Piroplasma canis and its life cycle in the tick - Number 29
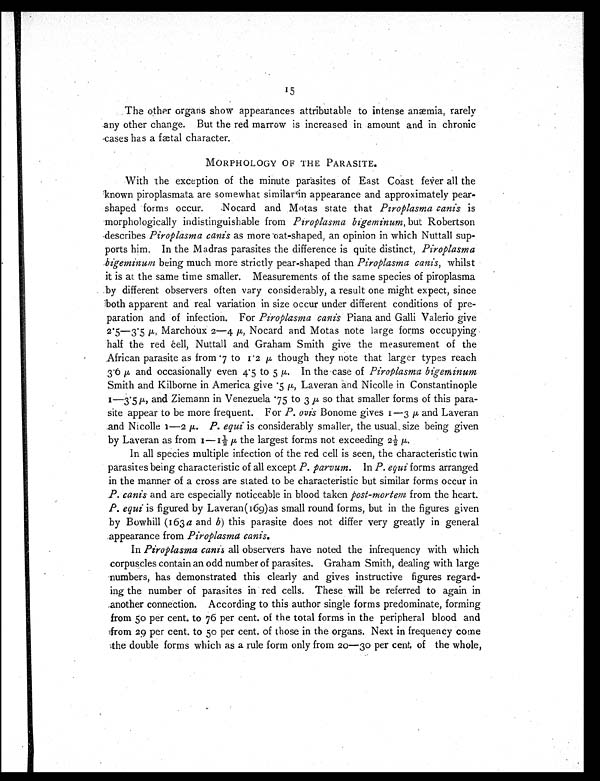
15
The other organs show appearances attributable to intense anæmia, rarely
any other change. But the red marrow is increased in amount and in chronic
cases has a fætal character.
MORPHOLOGY OF THE PARASITE.
With the exception of the minute parasites of East Coast fever all the
known piroplasmata are somewhat similar in appearance and approximately pear-
shaped forms occur. Nocard and Motas state that Piroplasma canis is
morphologically indistinguishable from Piroplasma bigeminum, but Robertson
describes Piroplasma canis as more oat-shaped, an opinion in which Nuttall sup-
ports him. In the Madras parasites the difference is quite distinct, Piroplasma
bigeminum being much more strictly pear-shaped than Piroplasma canis, whilst
it is at the same time smaller. Measurements of the same species of piroplasma
by different observers often vary considerably, a result one might expect, since
both apparent and real variation in size occur under different conditions of pre-
paration and of infection. For Piroplasma canis Piana and Galli Valerio give
2.5—3.5 µ Marchoux 2—4 µ , Nocard and Motas note large forms occupying
half the red cell, Nuttall and Graham Smith give the measurement of the
African parasite as from .7 to 1.2 µ though they note that larger types reach
3.6 µ and occasionally even 4.5 to 5 µ.
In the case of Piroplasma bigeminum
Smith and Kilborne in America give .5 µ, Laveran and Nicolle in Constantinople
1—3.5 µ, and Ziemann in Venezuela .75 to 3 µ so that smaller forms of this para-
site appear to be more frequent. For P. ovis Bonome gives 1—3 µ and Laveran
and Nicolle 1—2 µ. P. equi is considerably smaller, the usual size being given
by Laveran as from 1—1½ µ the largest forms not exceeding 2½ µ.
In all species multiple infection of the red cell is seen, the characteristic twin
parasites being characteristic of all except P. parvum. In P. equi forms arranged
in the manner of a cross are stated to be characteristic but similar forms occur in
P. canis and are especially noticeable in blood taken post-mortem from the heart.
P. equi is figured by Laveran (169) as small round forms, but in the figures given
by Bowhill (163 a and b ) this parasite does not differ very greatly in general
appearance from Piroplasma canis.
In Piroplasma canis all observers have noted the infrequency with which
corpuscles contain an odd number of parasites. Graham Smith, dealing with large
numbers, has demonstrated this clearly and gives instructive figures regard-
ing the number of parasites in red cells. These will be referred to again in
another connection. According to this author single forms predominate, forming
from 50 per cent. to 76 per cent. of the total forms in the peripheral blood and
from 29 per cent. to 50 per cent. of those in the organs. Next in frequency come
the double forms which as a rule form only from 20—30 per cent. of the whole,